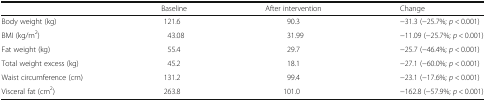
|  | Baseline | After intervention | Change |
 | --- | --- | --- | --- |
 | Body weight (kg) | 121.6 | 90.3 | −31.3 (−25.7%; p < 0.001) |
 | BMI (kg/m2) | 43.08 | 31.99 | −11.09 (−25.7%; p < 0.001) |
 | Fat weight (kg) | 55.4 | 29.7 | −25.7 (−46.4%; p < 0.001) |
 | Total weight excess (kg) | 45.2 | 18.1 | −27.1 (−60.0%; p < 0.001) |
 | Waist circumference (cm) | 131.2 | 99.4 | −23.1 (−17.6%; p < 0.001) |
 | Visceral fat (cm2) | 263.8 | 101.0 | −162.8 (−57.9%; p < 0.001) |